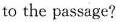
to the passage?